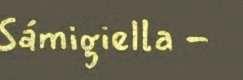
Sámigiella -